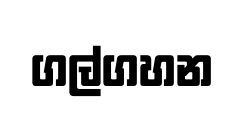
ගල්ගහන